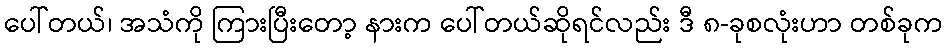
ပေါ်တယ်၊ အသံကို ကြားပြီးတော့ နားက ပေါ်တယ်ဆိုရင်လည်း ဒီ ၈-ခုစလုံးဟာ တစ်ခုက